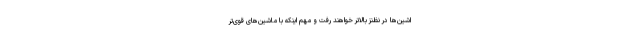
اشین‌ها در نظنز بالاتر خواهند رفت و مهم اینکه با ماشین‌های قوی‌تر